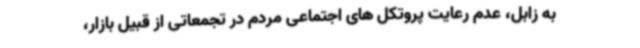
به زابل، عدم رعایت پروتکل های اجتماعی مردم در تجمعاتی از قبیل بازار،